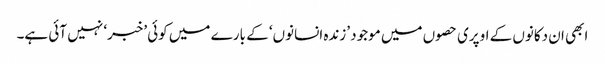
ابھی ان دکانوں کے اوپری حصوں میں موجود ’زندہ انسانوں‘ کے بارے میں کوئی ’خبر‘ نہیں آئی ہے۔